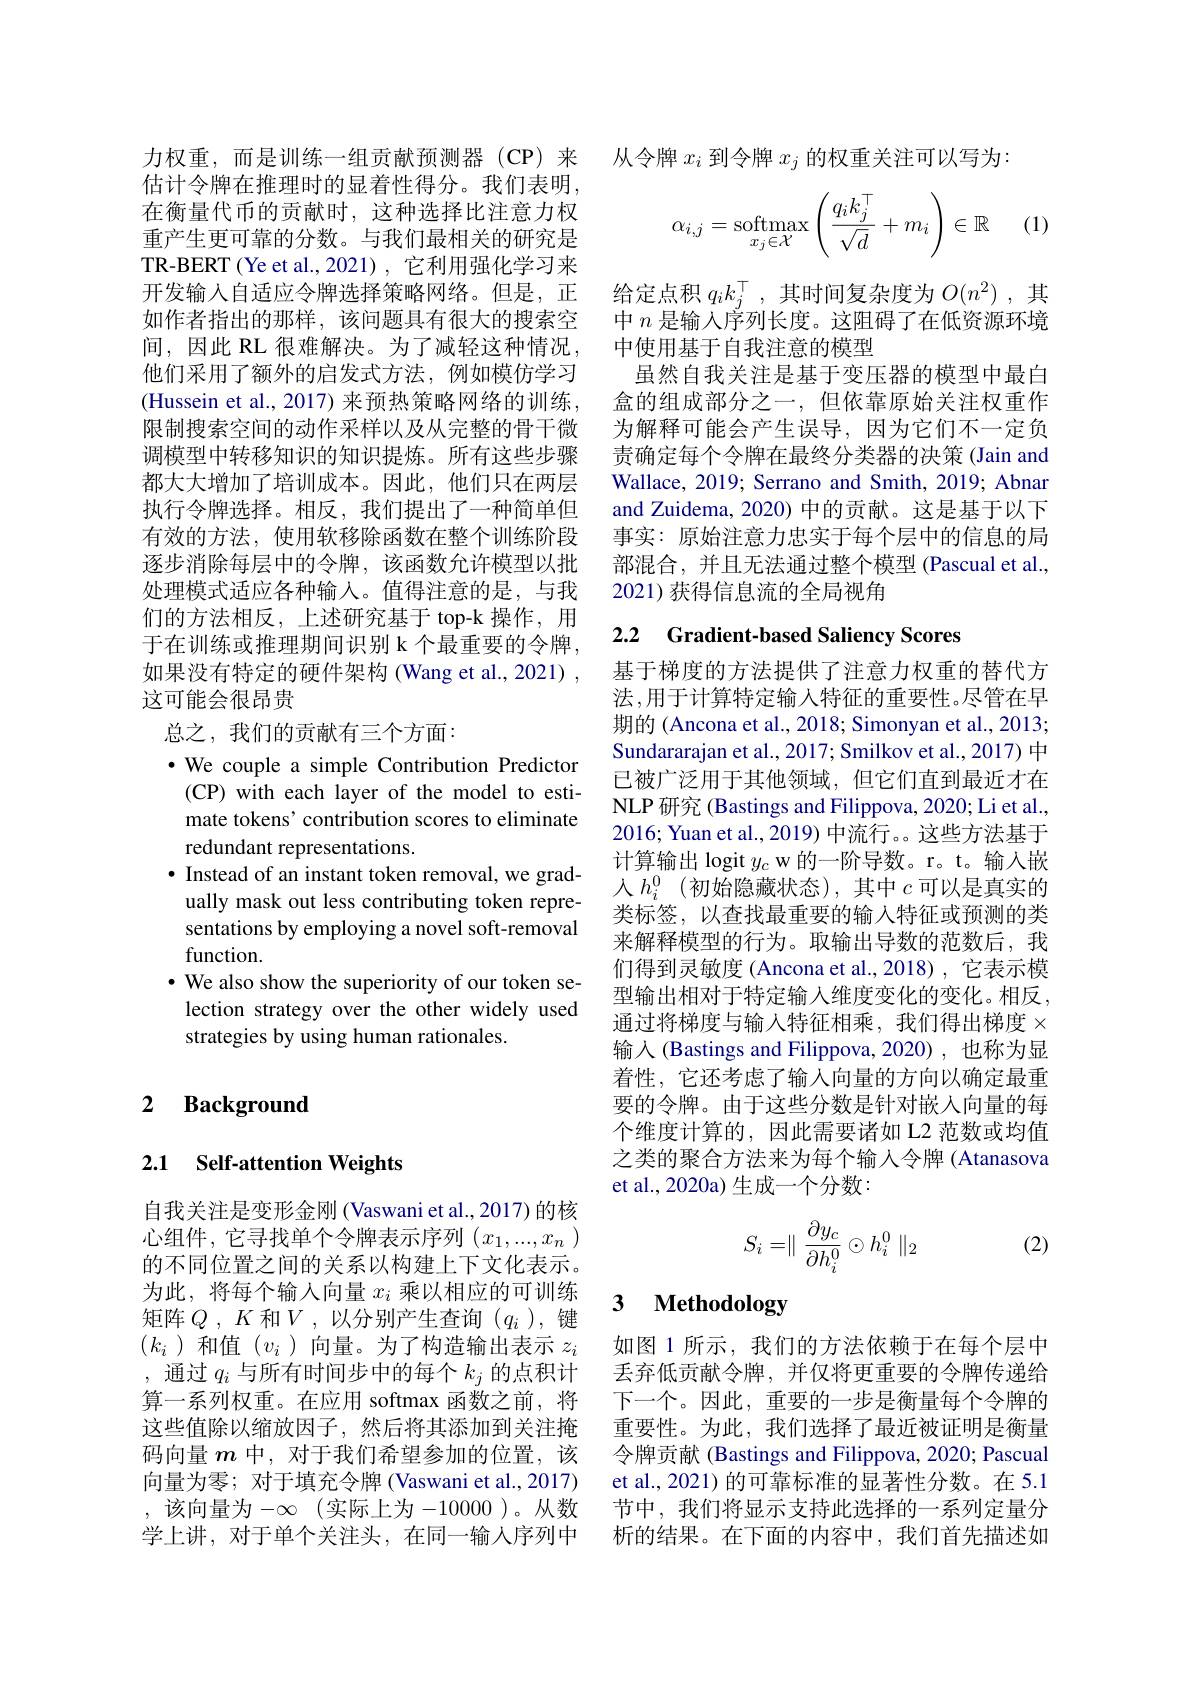
估计令牌在推理时的显着性得分。我们表明， 在衡量代币的贡献时，这种选择比注意力权重产生更可靠的分数。与我们最相关的研究是TR-BERT (Ye et al.,2021),它利用强化学习来开发输入自适应令牌选择策略网络。但是，正如作者指出的那样，该问题具有很大的搜索空间，因此 RL 很难解决。为了减轻这种情况， 他们采用了额外的启发式方法，例如模仿学习(Hussein et al., 2017) 来预热策略网络的训练， 限制搜索空间的动作采样以及从完整的骨干微调模型中转移知识的知识提炼。所有这些步骤都大大增加了培训成本。因此，他们只在两层执行令牌选择。相反，我们提出了一种简单但有效的方法，使用软移除函数在整个训练阶段逐步消除每层中的令牌，该函数允许模型以批处理模式适应各种输入。值得注意的是，与我们的方法相反，上述研究基于 top-k 操作，用于在训练或推理期间识别 k 个最重要的令牌， 如果没有特定的硬件架构 (Wang et al., 2021) , 这可能会很昂贵
总之，我们的贡献有三个方面：
$•$ We couple a simple Contribution Predictor (CP) with each layer of the model to esti- mate tokens' contribution scores to eliminate redundant representations.
$\bullet$ Instead of an instant token removal, we gradually mask out less contributing token representations by employing a novel soft-removal function.
$•$ We also show the superiority of our token selection strategy over the other widely used strategies by using human rationales.

### 2 $\textbf{Background}$

## 2.1 $\textbf{Self- attention Weights}$

自我关注是变形金刚 (Vaswani et al., 2017) 的核心组件，它寻找单个令牌表示序列$(x_1,...,x_n)$ 的不同位置之间的关系以构建上下文化表示。为此，将每个输入向量$x_i$乘以相应的可训练矩阵$Q,K$和$V$,以分别产生查询($q_i$),键$(k_i$)和值$(v_i$ )向量。为了构造输出表示$z_i$ , 通过$q_i$与所有时间步中的每个$k_j$的点积计算一系列权重。在应用 softmax 函数之前，将这些值除以缩放因子，然后将其添加到关注掩码向量$m$中，对于我们希望参加的位置，该向量为零；对于填充令牌 (Vaswani et al., 2017) , 该向量为 $-\infty$ (实际上为-10000 )。从数学上讲，对于单个关注头，在同一输入序列中

力权重，而是训练一组贡献预测器 (CP) 来 从令牌$x_i$到令牌$x_j$的权重关注可以写为
$$\alpha_{i,j}=\mathop{\mathrm{softmax}}\limits_{x_j\in\mathcal{X}}\left(\frac{q_ik_j^\top}{\sqrt{d}}+m_i\right)\in\mathbb{R}$$
(1)

给定点积$q_ik_j^\top$,其时间复杂度为$O(n^2)$,其中$n$是输入序列长度。这阻碍了在低资源环境中使用基于自我注意的模型
虽然自我关注是基于变压器的模型中最白盒的组成部分之一，但依靠原始关注权重作为解释可能会产生误导，因为它们不一定负责确定每个令牌在最终分类器的决策 (Jain and Wallace, 2019; Serrano and Smith, 2019; Abnar and Zuidema, 2020) 中的贡献。这是基于以下事实：原始注意力忠实于每个层中的信息的局部混合，并且无法通过整个模型(Pascual et al., 2021)获得信息流的全局视角

## 2.2 Gradient-based Saliency Scores

基于梯度的方法提供了注意力权重的替代方法，用于计算特定输入特征的重要性。尽管在早期的 (Ancona et al., 2018; Simonyan et al., 2013; Sundararajan et al., 2017; Smilkov et al., 2017) 中已被广泛用于其他领域，但它们直到最近才在NLP 研究 (Bastings and Filippova, 2020; Li et al., 2016; Yuan et al., 2019) 中流行。。这些方法基于计算输出 logit $y_c$ w 的一阶导数。r。t。输入嵌人$h_i^0$ (初始隐藏状态),其中$c$可以是真实的类标签，以查找最重要的输入特征或预测的类来解释模型的行为。取输出导数的范数后，我们得到灵敏度 (Ancona et al.,2018),它表示模型输出相对于特定输入维度变化的变化。相反， 通过将梯度与输入特征相乘，我们得出梯度$\times$ 输入 (Bastings and Filippova, 2020) ,也称为显着性，它还考虑了输入向量的方向以确定最重要的令牌。由于这些分数是针对嵌入向量的每个维度计算的，因此需要诸如 L2 范数或均值之类的聚合方法来为每个输入令牌 (Atanasova et al., 2020a) 生成一个分数：
$$S_i=\parallel\dfrac{\partial y_c}{\partial h_i^0}\odot h_i^0\parallel_2$$
(2)

### 3 $\textbf{Methodology}$

如图 1 所示，我们的方法依赖于在每个层中丢弃低贡献令牌，并仅将更重要的令牌传递给下一个。因此，重要的一步是衡量每个令牌的重要性。为此，我们选择了最近被证明是衡量令牌贡献 (Bastings and Filippova, 2020; Pascual et al., 2021) 的可靠标准的显著性分数。在 5.1节中，我们将显示支持此选择的一系列定量分析的结果。在下面的内容中，我们首先描述如